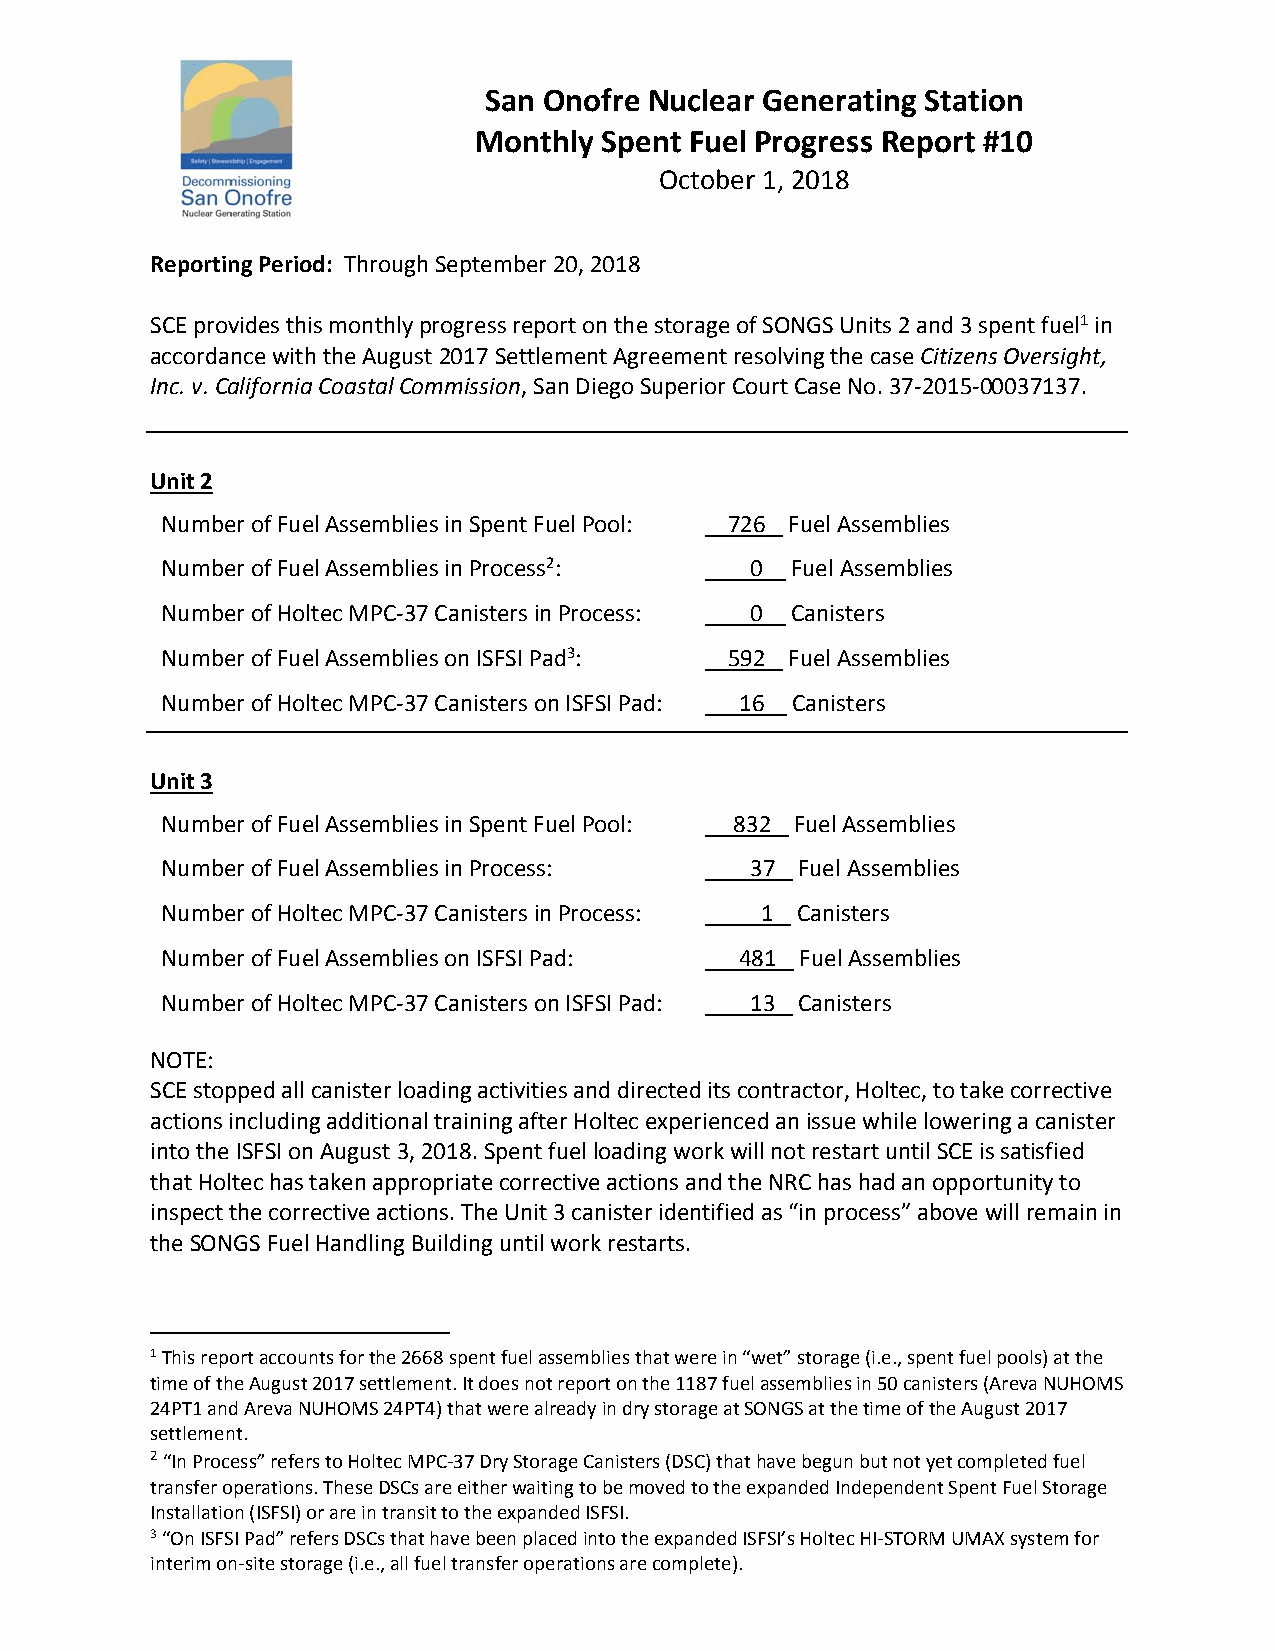
San Onofre Nuclear Generating Station
 Monthly  Spent Fuel Progress Report #10
 October 1, 2018
 Reporting Period: Through September 20, 2018
 SCE provides this monthly progress report on the storage of SONGS Units 2 and 3 spent fuel1 in
 accordance with the August 2017 Settlement Agreement resolving the case Citizens Oversight,
 Inc. v. California Coastal Commission, San Diego Superior Court Case No. 37‐2015‐00037137.
 Unit 2
 Number of Fuel Assemblies in Spent Fuel Pool: 726 Fuel Assemblies
 Number of Fuel Assemblies in Process2: 0 Fuel Assemblies
 Number of Holtec MPC‐37 Canisters in Process: 0 Canisters
 Number of Fuel Assemblies on ISFSI Pad3: 592 Fuel Assemblies
 Number of Holtec MPC‐37 Canisters on ISFSI Pad: 16 Canisters
 Unit 3
 Number of Fuel Assemblies in Spent Fuel Pool: 832 Fuel Assemblies
 Number of Fuel Assemblies in Process:  37 Fuel Assemblies
 Number of Holtec MPC‐37 Canisters in Process: 1 Canisters
 Number of Fuel Assemblies on ISFSI Pad: 481 Fuel Assemblies
 Number of Holtec MPC‐37 Canisters on ISFSI Pad: 13 Canisters
 NOTE:
 SCE stopped all canister loading activities and directed its contractor, Holtec, to take corrective
 actions including additional training after Holtec experienced an issue while lowering a canister
 into the ISFSI on August 3, 2018. Spent fuel loading work will not restart until SCE is satisfied
 that Holtec has taken appropriate corrective actions and the NRC has had an opportunity to
 inspect the corrective actions. The Unit 3 canister identified as “in process” above will remain in
 the SONGS Fuel Handling Building until work restarts.
 1 This report accounts for the 2668 spent fuel assemblies that were in “wet” storage (i.e., spent fuel pools) at the
 time of the August 2017 settlement. It does not report on the 1187 fuel assemblies in 50 canisters (Areva NUHOMS
 24PT1 and Areva NUHOMS 24PT4) that were already in dry storage at SONGS at the time of the August 2017
 settlement.
 2 “In Process” refers to Holtec MPC‐37 Dry Storage Canisters (DSC) that have begun but not yet completed fuel
 transfer operations. These DSCs are either waiting to be moved to the expanded Independent Spent Fuel Storage
 Installation (ISFSI) or are in transit to the expanded ISFSI.
 3 “On ISFSI Pad” refers DSCs that have been placed into the expanded ISFSI’s Holtec HI‐STORM UMAX system for
 interim on‐site storage (i.e., all fuel transfer operations are complete).